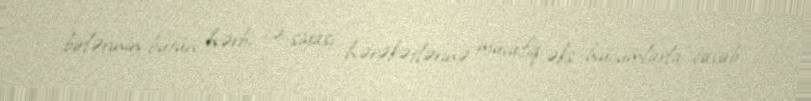
birlərinin bütün hərbi və siyasi hərəkətlərinə müvafiq əks hücumlarla cavab